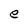
Character: e